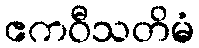
ဧကဝီသတိမံ